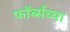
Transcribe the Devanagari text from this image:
फॉर्ब्सच्या